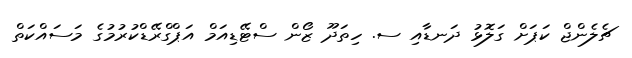
ޗެލެންޖް ކަޕަށް ގަލޮޅު ދަނޑާއި ސ. ހިތަދޫ ޒޯން ސްޓޭޑިއަމް އަޕްގްރޭޑްކުރުމުގެ މަސައްކަތް